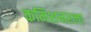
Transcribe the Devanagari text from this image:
कमिशनरला